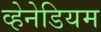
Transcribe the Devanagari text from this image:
व्हेनेडियम